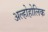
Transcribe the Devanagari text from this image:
अल्होहोलिक